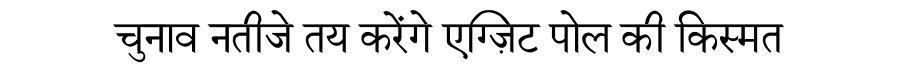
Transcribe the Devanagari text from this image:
चुनाव नतीजे तय करेंगे एग्ज़िट पोल की किस्मत